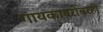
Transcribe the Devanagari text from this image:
गायकाबरोबरही